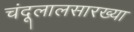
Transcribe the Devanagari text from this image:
चंदूलालसारख्या